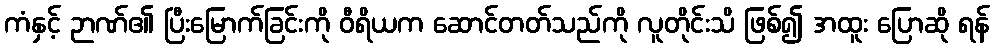
ကံနှင့် ဉာဏ်၏ ပြီးမြောက်ခြင်းကို ဝီရိယက ဆောင်တတ်သည်ကို လူတိုင်းသိ ဖြစ်၍ အထူး ပြောဆို ရန်